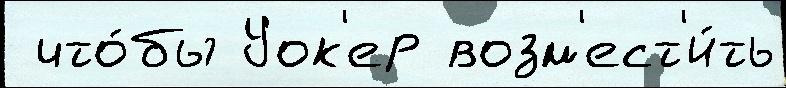
 что́бы Уок'ер возм'ест'и́ть